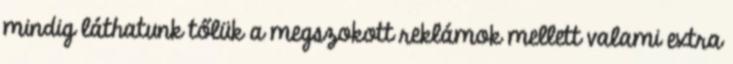
mindig láthatunk tőlük a megszokott reklámok mellett valami extra